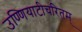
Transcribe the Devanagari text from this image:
उण्णियाटीचरितम्